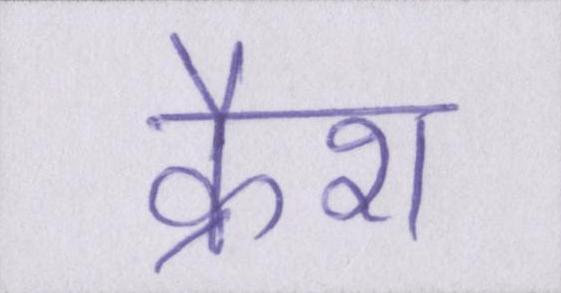
क्रैश